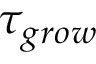
\tau _ { g r o w }